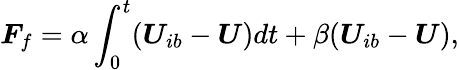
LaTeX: \boldsymbol{F}_{f}=\alpha\int_{0}^{t}(\boldsymbol{U}_{ib}-\boldsymbol{U})dt+\beta(\boldsymbol{U}_{ib}-\boldsymbol{U}),